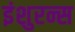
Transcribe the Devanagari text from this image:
इंशुरन्स